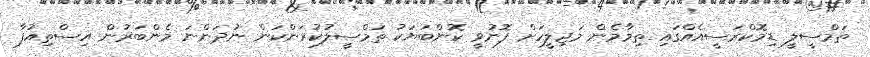
ތަމްސީލީ ޑިމޮކްރަސީއެއްގައި ތިމާމެން މަޖިލީހަށް ފޮނުވީ ކޮންބަޔަކު ތަމްސީލުކުރަންކަން ނުދަންނަ މެންބަރުން އިސްތިއުފާ